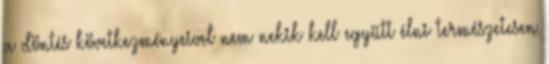
a döntés következményeivel nem nekik kell együtt élni természetesen